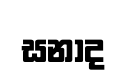
සනාද